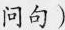
问句)